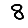
Digit: 8